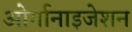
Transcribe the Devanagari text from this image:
ओर्गानाइजेशन